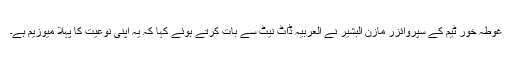
غوطہ خور ٹیم کے سپروائزر مازن البشیر نے العربیہ ڈاٹ نیٹ سے بات کرتے ہوئے کہا کہ یہ اپنی نوعیت کا پہلا میوزیم ہے۔